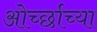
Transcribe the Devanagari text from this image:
ओर्च्छाच्या